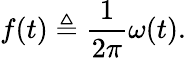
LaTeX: f(t)\triangleq{\frac{1}{2\pi}}\omega(t).